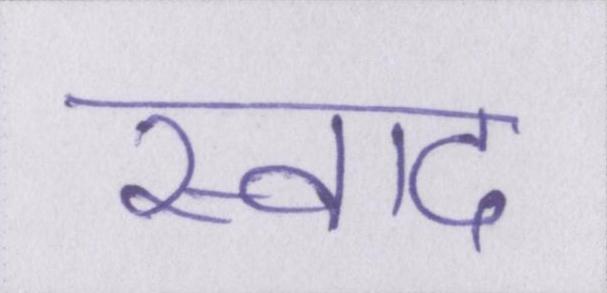
स्वाद